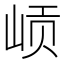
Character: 𱛨